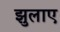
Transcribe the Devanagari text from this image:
झुलाए